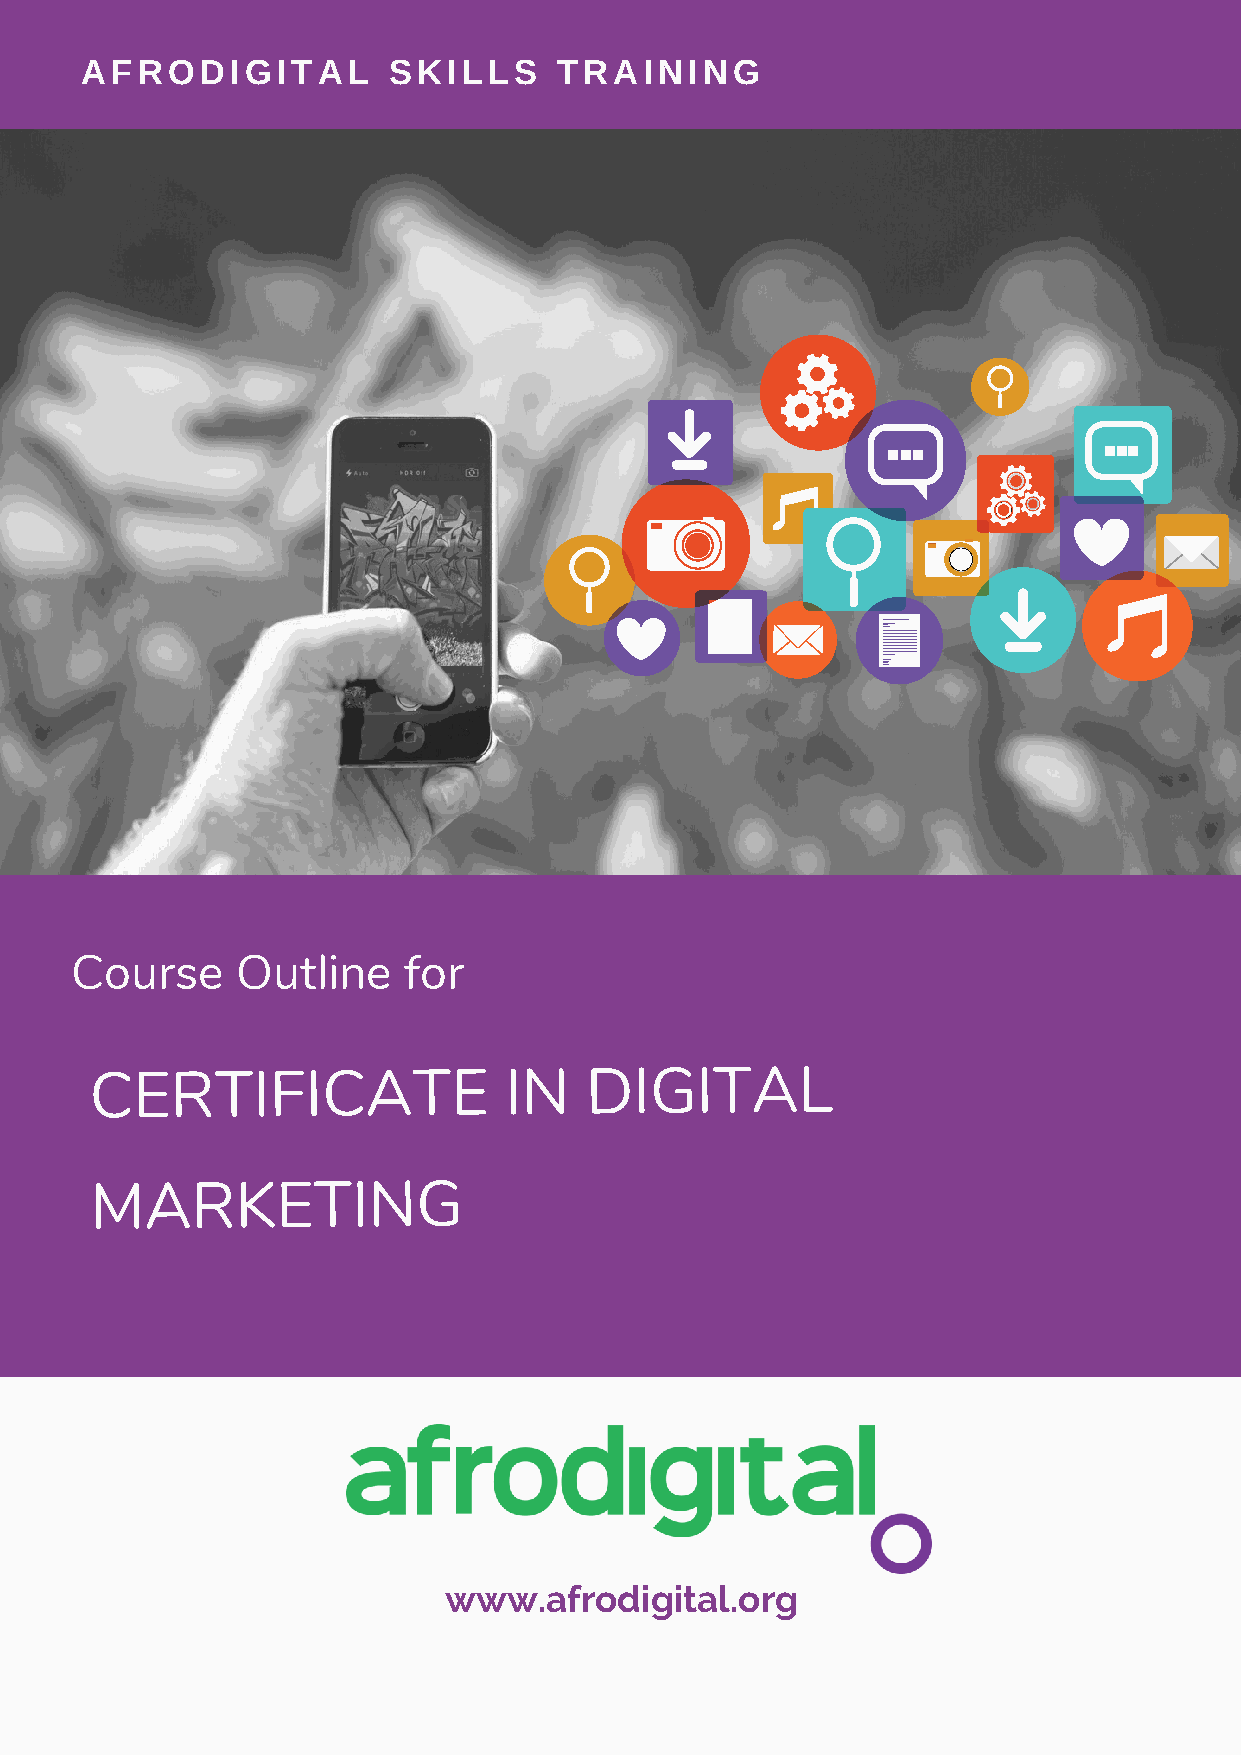
AFRODIGITAL          SKILLS     TRAINING
 Course     Outline    for
 CERTIFICATE                IN    DIGITAL
 MARKETING
 www.afrodigital.org